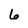
Character: 6